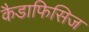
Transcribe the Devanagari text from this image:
कैडाफिसिज